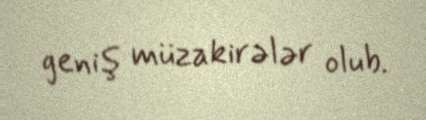
geniş müzakirələr olub.